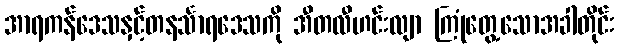
အာရကန်ဒေသနှင့်တနင်္သာရဒေသကို အီတလီဟင်းလျာ ကြုံတွေ့သောအခါတိုင်း